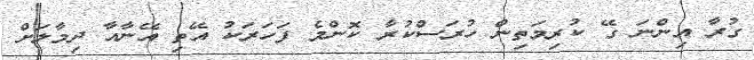
ގުރާ އިންނަ ގޭ ކުރިމަތިން ހުރަސްކުރާ ކޮންމެ ފަހަރަކު އޭތި އޭނާއާ ދިމާލަށް